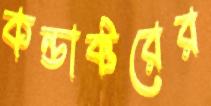
কন্ডাক্টরের